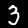
Label: 3